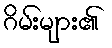
ဂိမ်းများ၏